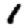
Digit: 1